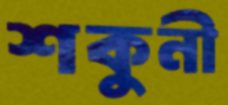
শকুনী